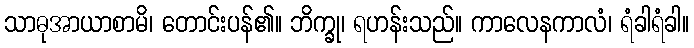
သာဓုအာယာစာမိ၊ တောင်းပန်၏။ ဘိက္ခု၊ ရဟန်းသည်။ ကာလေနကာလံ၊ ရံခါရံခါ။